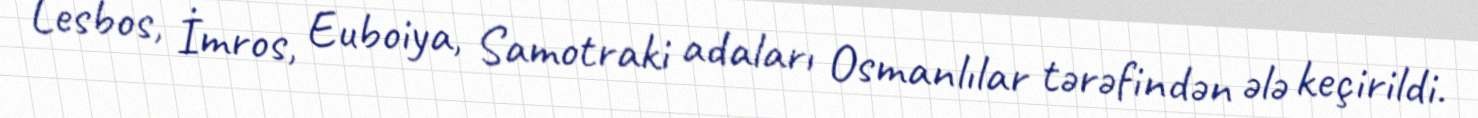
Lesbos, İmros, Euboiya, Samotraki adaları Osmanlılar tərəfindən ələ keçirildi.